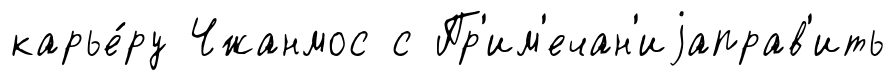
карье́ру Чжанмос с Пр'им'ечан'иjаправ'ить